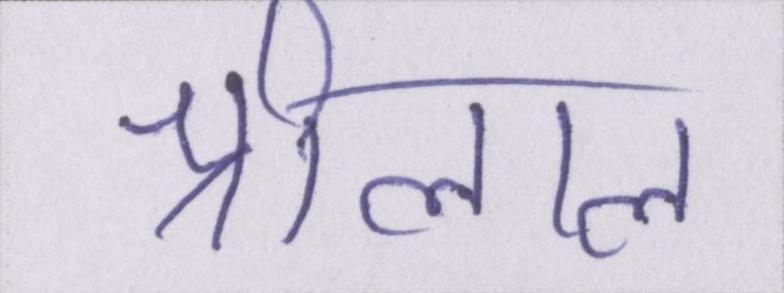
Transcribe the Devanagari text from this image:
श्रीलाल